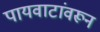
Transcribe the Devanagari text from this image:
पायवाटांवरून